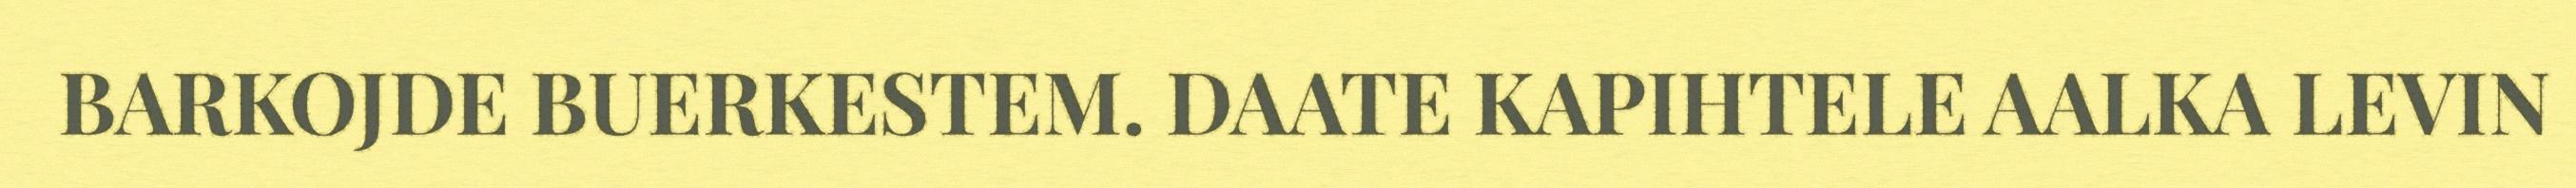
BARKOJDE BUERKESTEM. DAATE KAPIHTELE AALKA LEVIN